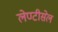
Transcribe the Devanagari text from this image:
लेण्टीसेल